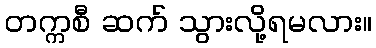
တက္ကစီ ဆက် သွားလို့ရမလား။